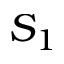
S _ { 1 }